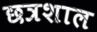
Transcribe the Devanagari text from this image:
छत्रशाल